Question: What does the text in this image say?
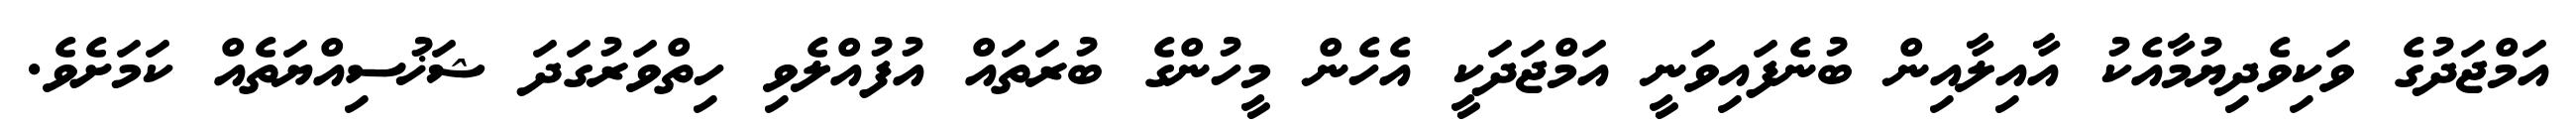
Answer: އަމްޖަދުގެ ވަކިވެދިޔުމާއެކު އާއިލާއިން ބުނެފައިވަނީ އަމްޖަދަކީ އެހެން މީހުންގެ ބުރަތައް އުފުއްލެވި ހިތްވަރުގަދަ ޝަޚުސިއްޔަތެއް ކަމަށެވެ.